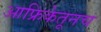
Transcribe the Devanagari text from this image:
आफ्रिकेतूनच